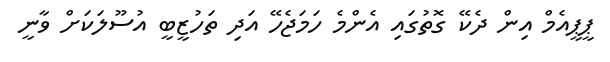
ޕީޕީއެމް އިން ދެކޭ ގޮތުގައި އެންމެ ހަމަޖެހޭ އަދި ތަހުޒީބީ އުސޫލަކަށް ވާނީ